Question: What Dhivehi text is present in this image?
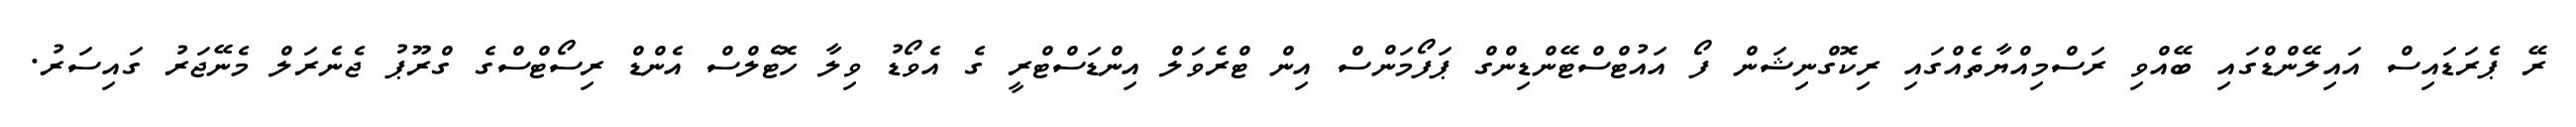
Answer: ރޭ ޕެރަޑައިސް އައިލޭންޑްގައި ބޭއްވި ރަސްމިއްޔާތެއްގައި ރިކޮގްނިޝަން ފޯ އައުޓްސްޓޭންޑިންގް ޕަފޯމަންސް އިން ޓްރެވަލް އިންޑަސްޓްރީ ގެ އެވޯޑު ވިލާ ހޮޓެލްސް އެންޑް ރިސޯޓްސްގެ ގްރޫޕު ޖެނެރަލް މެނޭޖަރު ގައިސަރު.